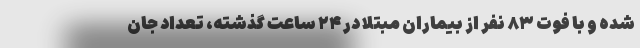
شده و با فوت ۸۳ نفر از بیماران مبتلا در ۲۴ ساعت گذشته، تعداد جان